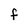
Character: F